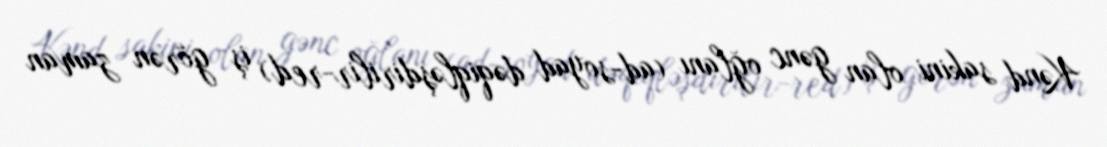
Kənd sakini olan gənc oğlanı (ad-soyad dəqiqləşdirilir-red) iş görən zaman